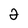
Character: 2